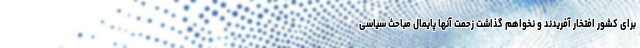
برای کشور افتخار آفریدند و نخواهم گذاشت زحمت آنها پایمال مباحث سیاسی